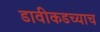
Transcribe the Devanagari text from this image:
डावीकडच्याच